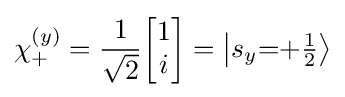
\chi _{+}^{(y)}={\frac {1}{\sqrt {2}}}{\begin{bmatrix}1\\i\end{bmatrix}}=\left\vert {s_{y}{=}{+\textstyle {\frac {1}{2}}}}\right\rangle